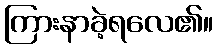
ကြားနာခဲ့ရလေ၏။